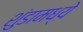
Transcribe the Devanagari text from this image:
शुंडामध्ये